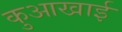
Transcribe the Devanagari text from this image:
कुआखाई